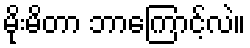
မိုးမိတာ ဘာကြောင့်လဲ။